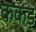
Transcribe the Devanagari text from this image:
ककंड़